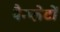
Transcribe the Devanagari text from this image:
पैम्प्लेटों